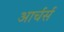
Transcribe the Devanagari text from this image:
आर्चर्स